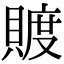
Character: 𧶴